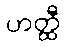
ဟတ္ထီ